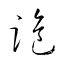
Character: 跪